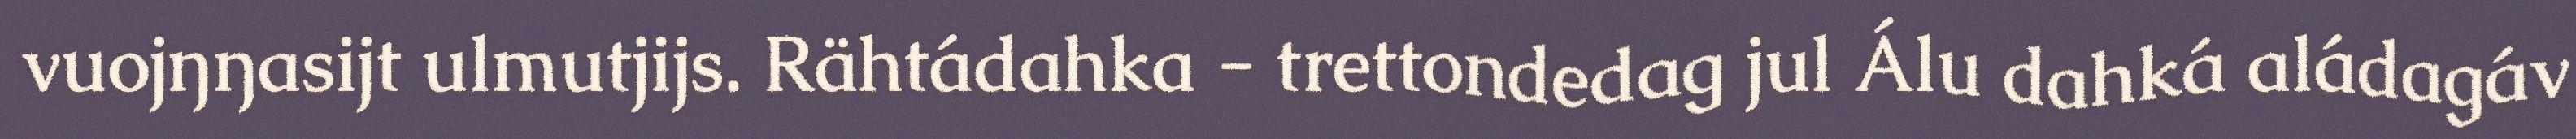
vuojŋŋasijt ulmutjijs. Rähtádahka - trettondedag jul Álu dahká aládagáv